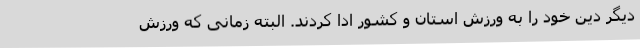
دیگر دین خود را به ورزش استان و کشور ادا کردند. البته زمانی که ورزش